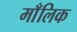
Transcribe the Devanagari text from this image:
माँलिक